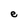
Character: e